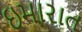
ઇમારાત